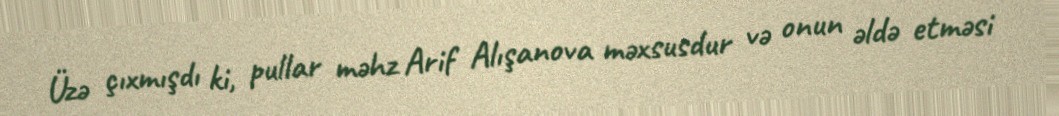
Üzə çıxmışdı ki, pullar məhz Arif Alışanova məxsusdur və onun əldə etməsi